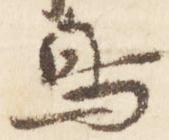
鳥